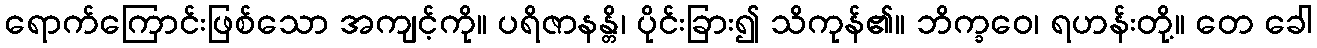
ရောက်ကြောင်းဖြစ်သော အကျင့်ကို။ ပရိဇာနန္တိ၊ ပိုင်းခြား၍ သိကုန်၏။ ဘိက္ခဝေ၊ ရဟန်းတို့။ တေ ခေါ